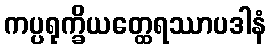
ကပ္ပရုက္ခိယတ္ထေရဿာပဒါနံ